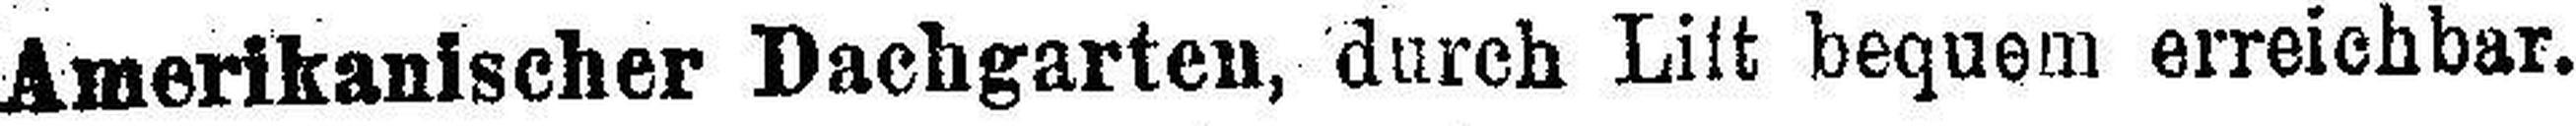
Amerikanischer Dachgarten, durch Lift bequem erreichbar.